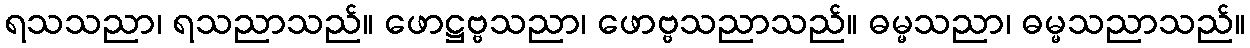
ရသသညာ၊ ရသညာသည်။ ဖောဋ္ဌဗ္ဗသညာ၊ ဖောဗ္ဗသညာသည်။ ဓမ္မသညာ၊ ဓမ္မသညာသည်။